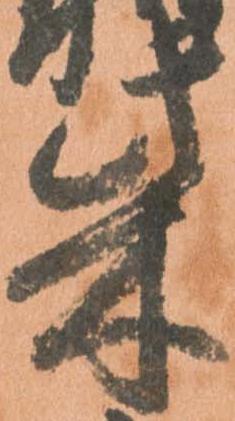
柴